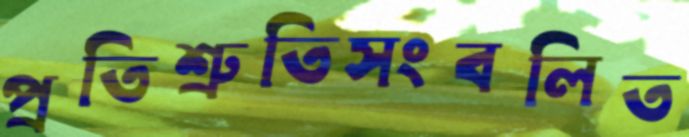
প্রতিশ্রুতিসংবলিত